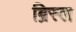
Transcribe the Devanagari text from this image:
ब्रिस्ल